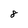
Character: 8